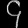
Digit: ၄